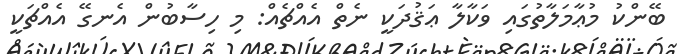
ބޭންކު މުޢާމަލާތުގައި ވަކާލާ ޢަޤުދަކީ ނެތް އެއްޗެއް: މި ހިސާބުން އެނގޭ އެއްޗަކީ